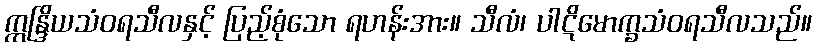
ဣန္ဒြိယသံဝရသီလနှင့် ပြည့်စုံသော ရဟန်းအား။ သီလံ၊ ပါဋိမောက္ခသံဝရသီလသည်။